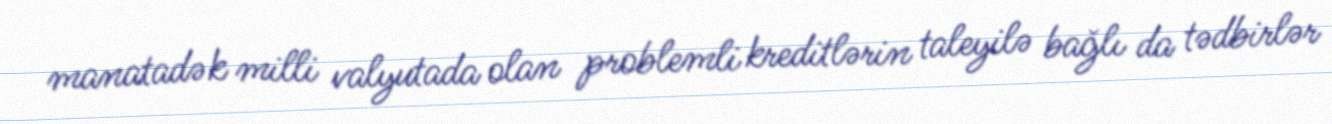
manatadək milli valyutada olan problemli kreditlərin taleyilə bağlı da tədbirlər